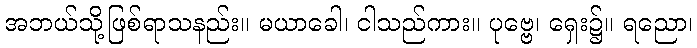
အဘယ်သို့ဖြစ်ရာသနည်း။ မယာခေါ၊ ငါသည်ကား။ ပုဗ္ဗေ၊ ရှေး၌။ ရညော၊